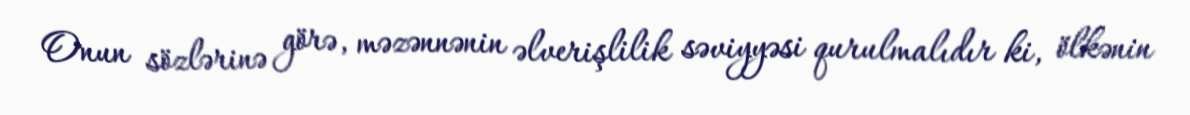
Onun sözlərinə görə, məzənnənin əlverişlilik səviyyəsi qurulmalıdır ki, ölkənin